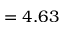
= 4 . 6 3